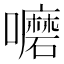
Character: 嚰